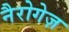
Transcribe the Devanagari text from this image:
नैरोगेज़